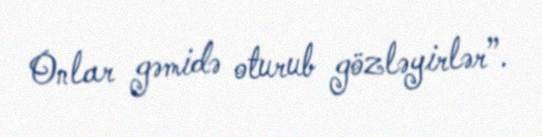
Onlar gəmidə oturub gözləyirlər”.